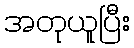
အတုယူပြီး